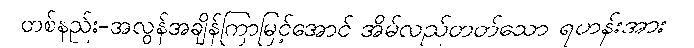
တစ်နည်း-အလွန်အချိန်ကြာမြင့်အောင် အိမ်လည်တတ်သော ရဟန်းအား